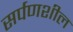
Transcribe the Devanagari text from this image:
सर्पणशील